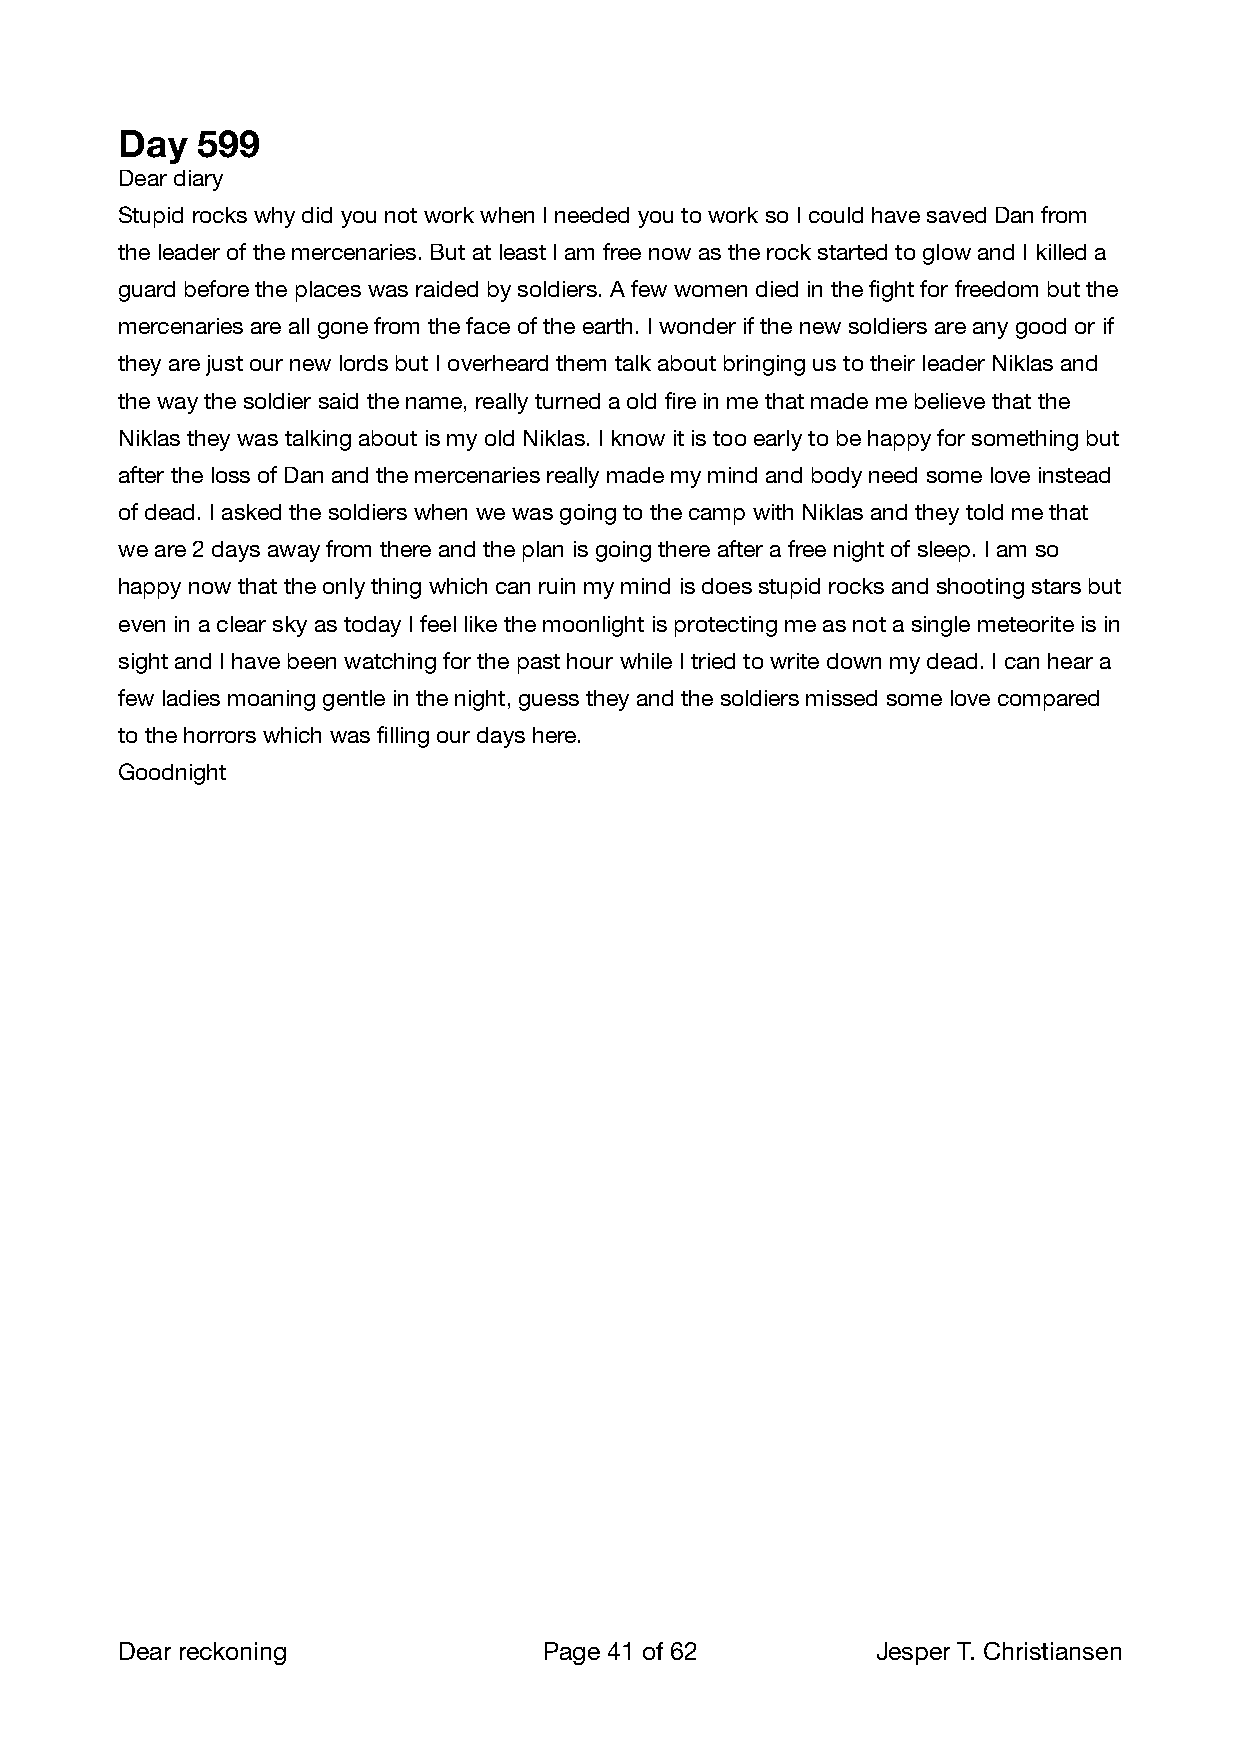
Day  599
 Dear diary
 Stupid rocks why did you not work when I needed you to work so I could have saved Dan from
 the leader of the mercenaries. But at least I am free now as the rock started to glow and I killed a
 guard before the places was raided by soldiers. A few women died in the fight for freedom but the
 mercenaries are all gone from the face of the earth. I wonder if the new soldiers are any good or if
 they are just our new lords but I overheard them talk about bringing us to their leader Niklas and
 the way the soldier said the name, really turned a old fire in me that made me believe that the
 Niklas they was talking about is my old Niklas. I know it is too early to be happy for something but
 after the loss of Dan and the mercenaries really made my mind and body need some love instead
 of dead. I asked the soldiers when we was going to the camp with Niklas and they told me that
 we are 2 days away from there and the plan is going there after a free night of sleep. I am so
 happy now that the only thing which can ruin my mind is does stupid rocks and shooting stars but
 even in a clear sky as today I feel like the moonlight is protecting me as not a single meteorite is in
 sight and I have been watching for the past hour while I tried to write down my dead. I can hear a
 few ladies moaning gentle in the night, guess they and the soldiers missed some love compared
 to the horrors which was filling our days here.
 Goodnight
 Dear reckoning              Page 41 of 62        Jesper T. Christiansen